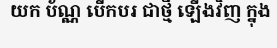
យក ប័ណ្ណ បើកបរ ជាថ្មី ឡើងវិញ ក្នុង